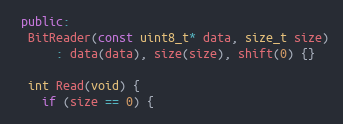
Language: C++
 public:
  BitReader(const uint8_t* data, size_t size)
      : data(data), size(size), shift(0) {}

  int Read(void) {
    if (size == 0) {